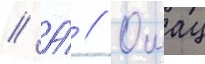
// А́ // Ошац